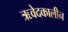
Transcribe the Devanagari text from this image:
ऋवेदकालीन